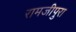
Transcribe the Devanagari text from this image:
रामजीपुरा